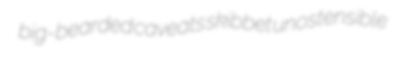
big-bearded caveats skibbet unostensible